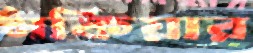
নকিয়ার